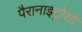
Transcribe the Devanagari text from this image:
पैरानाइट्रोसो